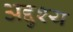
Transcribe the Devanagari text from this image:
अद्दुश्य